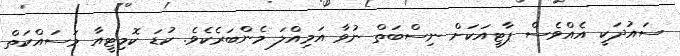
ސައުދަކީ އެއްވެސް ޕާޓީއަކަށް ނިސްބަތް ނުވާ އަމިއްލަ މެންބަރެކެވެ. ކުޑަ ކޮމިޓީއާ މަސައްކަތް